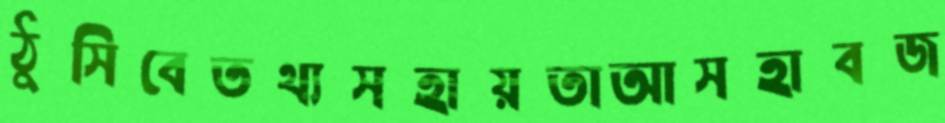
ঠুসিবেতথ্যসহায়তাআসহাবজ